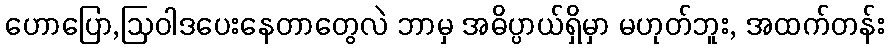
ဟောပြော,ဩဝါဒပေးနေတာတွေလဲ ဘာမှ အဓိပ္ပာယ်ရှိမှာ မဟုတ်ဘူး, အထက်တန်း